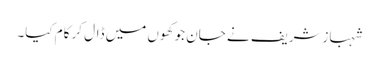
شہبازشریف نے جان جو کھوں میں ڈال کر کام کیا۔